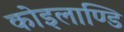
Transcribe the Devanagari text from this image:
कोइलाण्डि